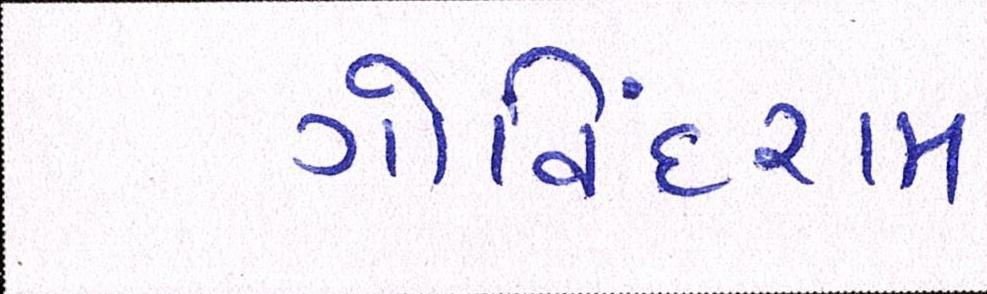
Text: ગોવિંદરામ